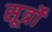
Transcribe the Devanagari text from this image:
सूर्त्रों